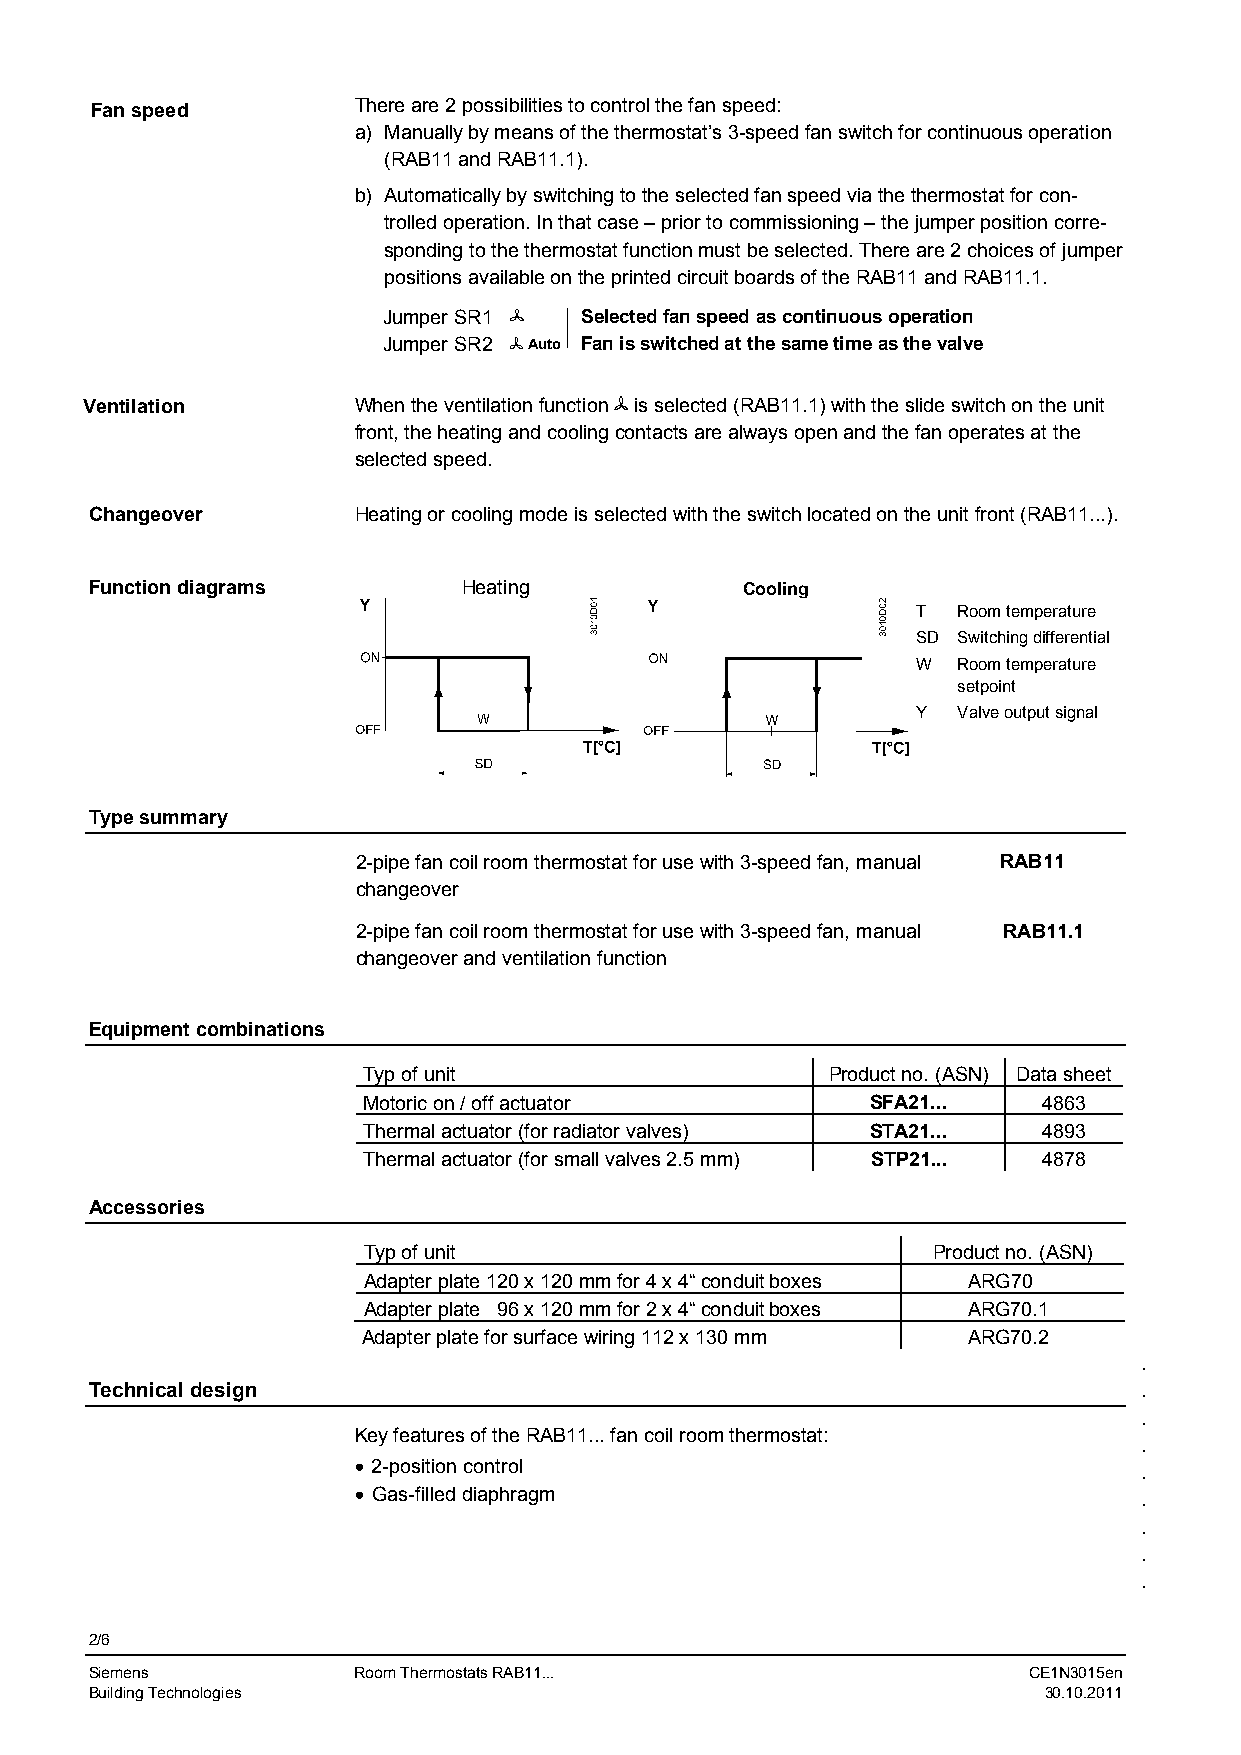
Fan speed        There are 2 possibilities to control the fan speed:
 a) Manually by means of the thermostat’s 3-speed fan switch for continuous operation
 (RAB11 and RAB11.1).
 b) Automatically by switching to the selected fan speed via the thermostat for con-
 trolled operation. In that case – prior to commissioning – the jumper position corre-
 sponding to the thermostat function must be selected. There are 2 choices of jumper
 positions available on the printed circuit boards of the RAB11 and RAB11.1.
 Jumper SR1   Selected fan speed as continuous operation
 Jumper SR2 Auto Fan is switched at the same time as the valve
 Ventilation      When the ventilation function is selected (RAB11.1) with the slide switch on the unit
 front, the heating and cooling contacts are always open and the fan operates at the
 selected speed.
 Changeover       Heating or cooling mode is selected with the switch located on the unit front (RAB11...).
 Function diagrams        Heating           Cooling
 T Room temperature
 SD Switching differential
 W Room temperature
 setpoint
 Y Valve output signal
 Type summary
 2-pipe fan coil room thermostat for use with 3-speed fan, manual RAB11
 changeover
 2-pipe fan coil room thermostat for use with 3-speed fan, manual RAB11.1
 changeover and ventilation function
 Equipment combinations
 Typ of unit                    Product no. (ASN) Data sheet
 Motoric on / off actuator         SFA21...   4863
 Thermal actuator (for radiator valves) STA21... 4893
 Thermal actuator (for small valves 2.5 mm) STP21... 4878
 Accessories
 Typ of unit                           Product no. (ASN)
 Adapter plate 120 x 120 mm for 4 x 4“ conduit boxes ARG70
 Adapter plate 96 x 120 mm for 2 x 4“ conduit boxes ARG70.1
 Adapter plate for surface wiring 112 x 130 mm ARG70.2
 .
 Technical design                                                     .
 .
 Key features of the RAB11... fan coil room thermostat:
 .
  2-position control                                .
  Gas-filled diaphragm                              .
 .
 .
 .
 2/6
 Siemens          Room Thermostats RAB11...                    CE1N3015en
 Building Technologies                                          30.10.2011